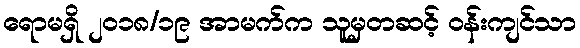
ရောမရှိ ၂၀၁၈/၁၉ အာမက်က သူမှတဆင့် ဝန်းကျင်သာ